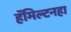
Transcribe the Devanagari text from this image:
हॅमिल्टनहा